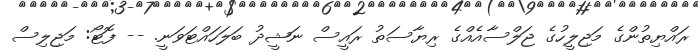
ރައްޔިތުންގެ މަޖިލީހުގެ ޖަލްސާއެއްގެ ރިޔާސަތު ރައީސް ނަޝީދު ބަލަހައްޓަވަނީ. -- ފޮޓޯ: މަޖިލިސް